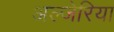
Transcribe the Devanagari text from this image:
अल्जेरिया